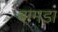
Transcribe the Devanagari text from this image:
बामडा